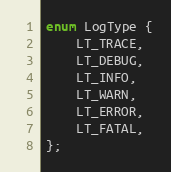
Language: C
enum LogType {
	LT_TRACE,
	LT_DEBUG,
	LT_INFO,
	LT_WARN,
	LT_ERROR,
	LT_FATAL,
};